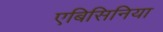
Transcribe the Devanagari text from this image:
एबिसिनिया